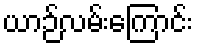
ယာဉ်လမ်းကြောင်း